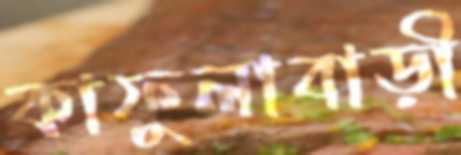
কাফুলাবাড়ী